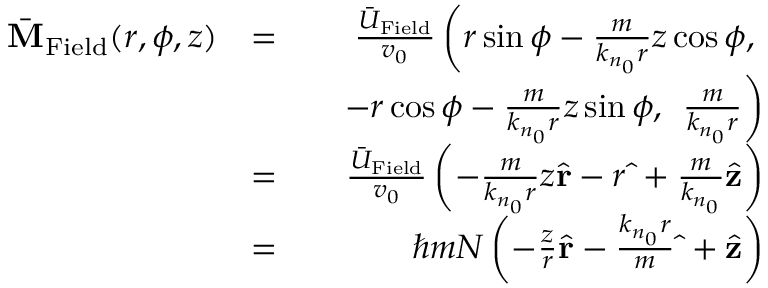
\begin{array} { r l r } { \bar { \bf M } _ { \mathrm { F i e l d } } ( r , \phi , z ) } & { = } & { \frac { \bar { U } _ { \mathrm { F i e l d } } } { v _ { 0 } } \left( r \sin \phi - \frac { m } { k _ { n _ { 0 } } r } z \cos \phi , \right. } \\ & { } & { \quad - r \cos \phi - \frac { m } { k _ { n _ { 0 } } r } z \sin \phi , \ \left. \frac { m } { k _ { n _ { 0 } } r } \right) } \\ & { = } & { \frac { \bar { U } _ { \mathrm { F i e l d } } } { v _ { 0 } } \left( - \frac { m } { k _ { n _ { 0 } } r } z \hat { \bf r } - r \hat { \bf \Phi } + \frac { m } { k _ { n _ { 0 } } } \hat { \bf z } \right) } \\ & { = } & { \hbar m { \cal N } \left( - \frac { z } { r } \hat { \bf r } - \frac { k _ { n _ { 0 } } r } { m } \hat { \bf \Phi } + \hat { \bf z } \right) } \end{array}